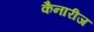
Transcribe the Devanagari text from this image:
कैनारीज